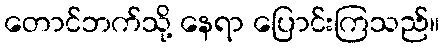
တောင်ဘက်သို့ နေရာ ပြောင်းကြသည်။